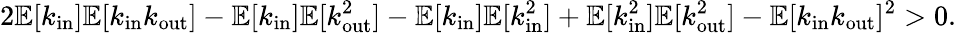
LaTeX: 2\mathbb{E}[k_{\mathrm{in}}]\mathbb{E}[k_{\mathrm{in}}k_{\mathrm{out}}]-\mathbb{E}[k_{\mathrm{in}}]\mathbb{E}[k_{\mathrm{out}}^{2}]-\mathbb{E}[k_{\mathrm{in}}]\mathbb{E}[k_{\mathrm{in}}^{2}]+\mathbb{E}[k_{\mathrm{in}}^{2}]\mathbb{E}[k_{\mathrm{out}}^{2}]-\mathbb{E}[k_{\mathrm{in}}k_{\mathrm{out}}]^{2}>0.